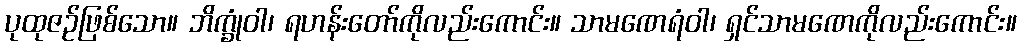
ပုထုဇဉ်ဖြစ်သော။ ဘိက္ခုံဝါ၊ ရဟန်းတော်ကိုလည်းကောင်း။ သာမဏေရံဝါ၊ ရှင်သာမဏေကိုလည်းကောင်း။